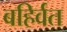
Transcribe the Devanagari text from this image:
बहिर्वत